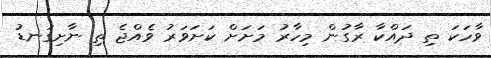
ވާހަކަ ތި ދައްކާ ރާގުން މިހާރު މަށަށް ކަށަވަރު ވެއްޖެ ތި ނާށިގަނޑު